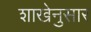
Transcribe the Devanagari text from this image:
शाखेनुसार